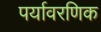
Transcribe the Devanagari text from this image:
पर्यावरणिक